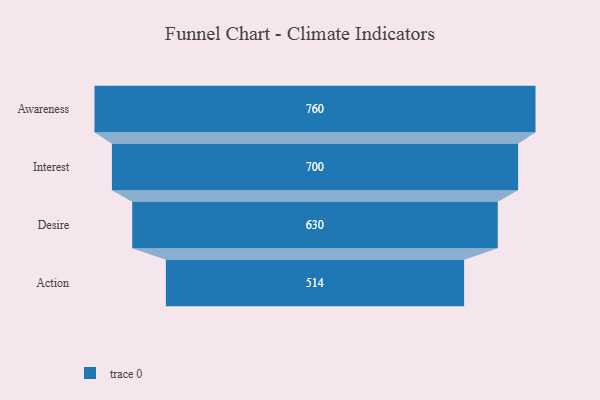
{"axis": {"x": "Stage", "y": "Value"}, "legend": [""], "data": [{"x": "Awareness", "y": 760.0, "type": ""}, {"x": "Interest", "y": 700.0, "type": ""}, {"x": "Desire", "y": 630.0, "type": ""}, {"x": "Action", "y": 514.0, "type": ""}]}